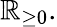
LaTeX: \mathbb{R}_{\geq 0}.